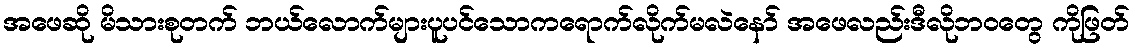
အဖေဆို မိသားစုတက် ဘယ်လောက်များပူပင်သောကရောက်လိုက်မလဲနော် အဖေလည်းဒီလိုဘဝတွေ ကိုဖြတ်